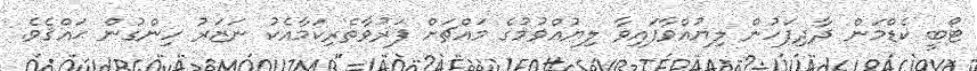
ޓޯބީ ކެޑްމަން ދާދިފަހުން ލިޔުއްވާފައިވާ ލިޔުއްވުމުގެ މައްޗަށް ފަރުވާތެރިކަމާއެކު ނަޒަރު ހިންގުން ޙައްޤެވެ.